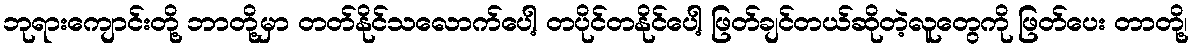
ဘုရားကျောင်းတို့ ဘာတို့မှာ တတ်နိုင်သလောက်ပေါ့ တပိုင်တနိုင်ပေါ့ ဖြတ်ချင်တယ်ဆိုတဲ့လူတွေကို ဖြတ်ပေး တာတို့၊